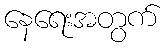
နေရေးအတွက်